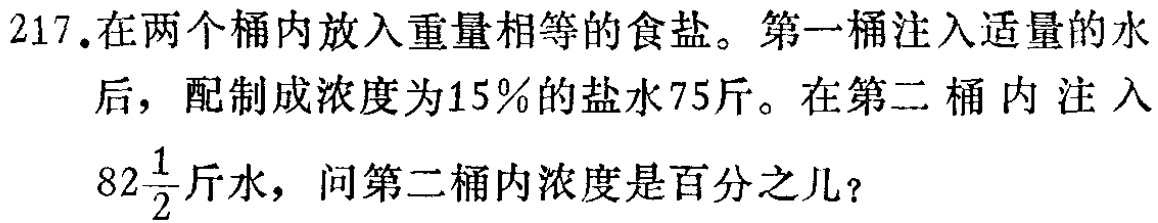
217.在两个桶内放入重量相等的食盐。第一桶注入适量的水后，配制成浓度为15%的盐水75斤。在第二桶内注入$82\frac{1}{2}$斤水，问第二桶内浓度是百分之几？